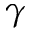
{ \gamma }